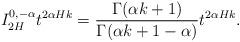
LaTeX: \begin{align*}I^{0,-\alpha}_{2H}t^{2\alpha Hk}=\frac{\Gamma(\alpha k+1)}{\Gamma(\alpha k+1-\alpha)}t^{2\alpha Hk}.\end{align*}